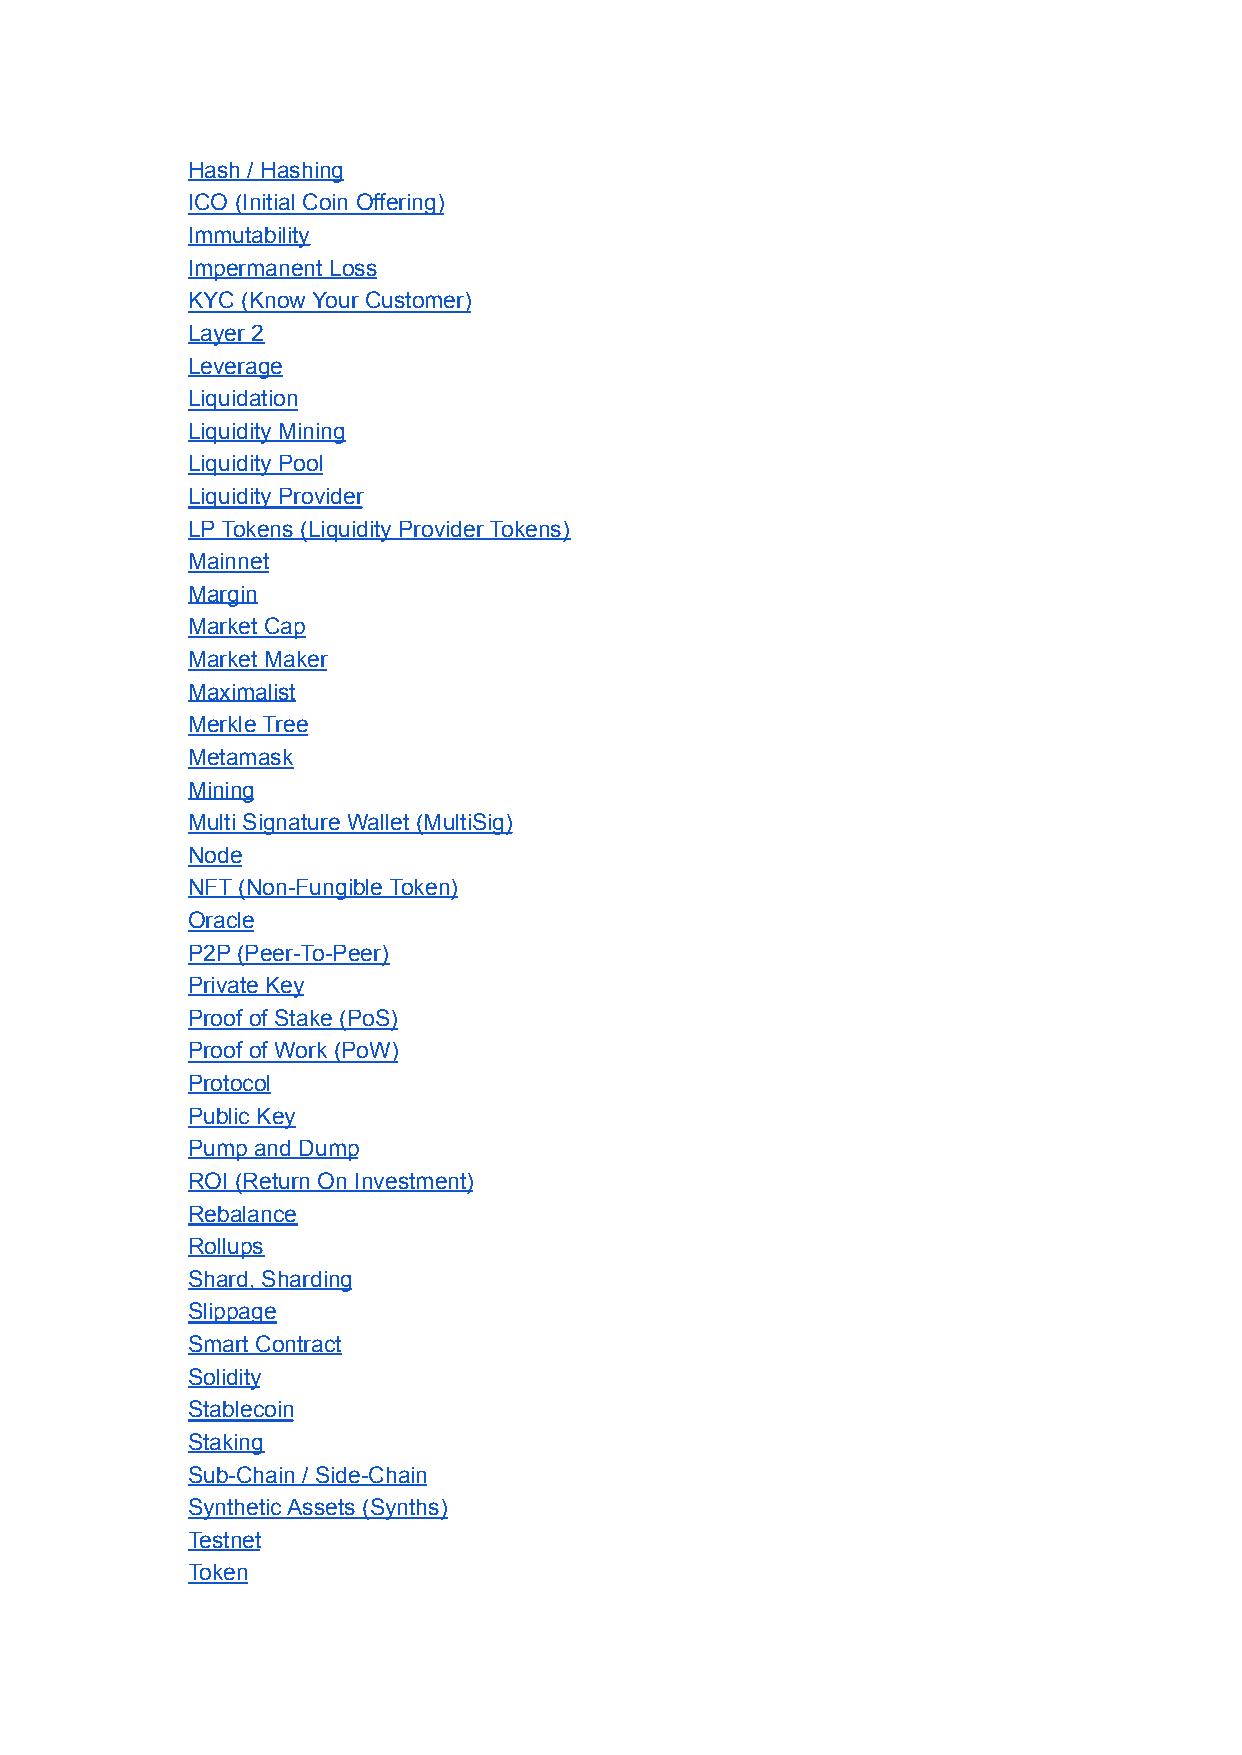
Hash / Hashing
 ICO (Initial Coin Offering)
 Immutability
 Impermanent Loss
 KYC (Know Your Customer)
 Layer 2
 Leverage
 Liquidation
 Liquidity Mining
 Liquidity Pool
 Liquidity Provider
 LP Tokens (Liquidity Provider Tokens)
 Mainnet
 Margin
 Market Cap
 Market Maker
 Maximalist
 Merkle Tree
 Metamask
 Mining
 Multi Signature Wallet (MultiSig)
 Node
 NFT (Non-Fungible Token)
 Oracle
 P2P (Peer-To-Peer)
 Private Key
 Proof of Stake (PoS)
 Proof of Work (PoW)
 Protocol
 Public Key
 Pump and Dump
 ROI (Return On Investment)
 Rebalance
 Rollups
 Shard, Sharding
 Slippage
 Smart Contract
 Solidity
 Stablecoin
 Staking
 Sub-Chain / Side-Chain
 Synthetic Assets (Synths)
 Testnet
 Token